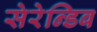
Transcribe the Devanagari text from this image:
सेरेन्डिब